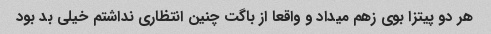
هر دو پیتزا بوی زهم میداد و واقعا از باگت چنین انتظاری نداشتم خیلی بد بود